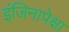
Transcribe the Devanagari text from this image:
इंजिनापेक्षा